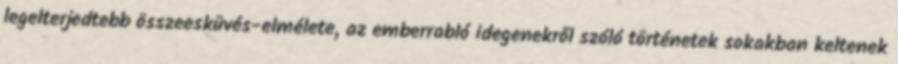
legelterjedtebb összeesküvés-elmélete, az emberrabló idegenekről szóló történetek sokakban keltenek